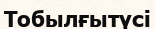
Тобылғытүсі